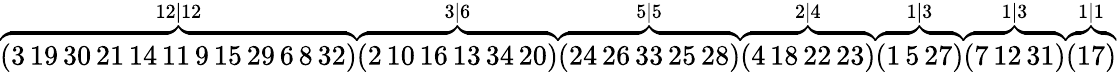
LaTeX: \begin{array}{r}{\overbrace{(3\thinspace 19\thinspace 30\thinspace 21\thinspace 14\thinspace 11\thinspace 9\thinspace 15\thinspace 29\thinspace 6\thinspace 8\thinspace 32)}^{12|12}\overbrace{(2\thinspace 10\thinspace 16\thinspace 13\thinspace 34\thinspace 20)}^{3|6}\overbrace{(24\thinspace 26\thinspace 33\thinspace 25\thinspace 28)}^{5|5}\overbrace{(4\thinspace 18\thinspace 22\thinspace 23)}^{2|4}\overbrace{(1\thinspace 5\thinspace 27)}^{1|3}\overbrace{(7\thinspace 12\thinspace 31)}^{1|3}\overbrace{(17)}^{1|1}}\end{array}